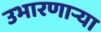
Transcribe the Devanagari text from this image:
उभारणार्‍या